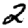
Digit: 2